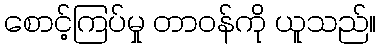
စောင့်ကြပ်မှု တာဝန်ကို ယူသည်။